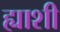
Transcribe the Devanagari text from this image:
ह्याशी